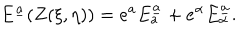
LaTeX: E ^ { \underline { { { a } } } } ( Z ( \xi , \eta ) ) = e ^ { a } E _ { a } ^ { \underline { { { a } } } } + e ^ { \alpha } E _ { \alpha } ^ { \underline { { { a } } } } .